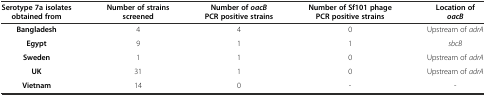
| Serotype 7a isolates obtained from | Number of strains screened | Number of oacBPCR positive strains | Number of Sf101 phage PCR positive strains | Location of oacB |
 | --- | --- | --- | --- | --- |
 | Bangladesh | 4 | 4 | 0 | Upstream of adrA |
 | Egypt | 9 | 1 | 1 | sbcB |
 | Sweden | 1 | 1 | 0 | Upstream of adrA |
 | UK | 31 | 1 | 0 | Upstream of adrA |
 | Vietnam | 14 | 0 | - | - |